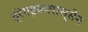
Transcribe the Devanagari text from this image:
द्रेएइकलास्सेन